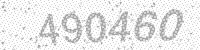
Solution: 490460